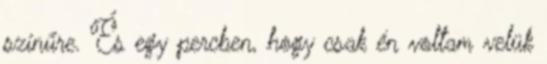
színűre. És egy percben, hogy csak én voltam velük